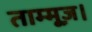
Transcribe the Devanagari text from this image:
ताम्मूज़।